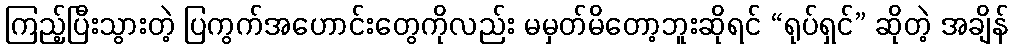
ကြည့်ပြီးသွားတဲ့ ပြကွက်အဟောင်းတွေကိုလည်း မမှတ်မိတော့ဘူးဆိုရင် “ရုပ်ရှင်” ဆိုတဲ့ အချိန်